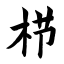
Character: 栉